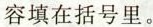
容填在括号里。